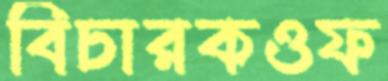
বিচারকওফ